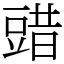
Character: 䜺